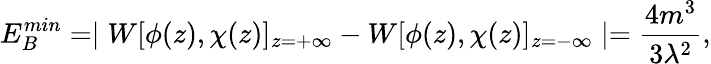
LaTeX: E_{B}^{min}=\mid W[\phi(z),\chi(z)]_{z=+\infty}-W[\phi(z),\chi(z)]_{z=-\infty}\mid=\frac{4m^{3}}{3\lambda^{2}},